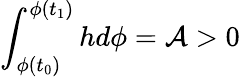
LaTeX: \int_{\phi(t_{0})}^{\phi(t_{1})}hd\phi={\cal A}>0